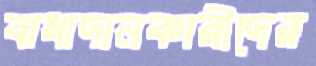
বাধাদানকারীদের